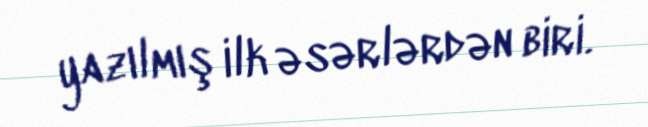
yazılmış ilk əsərlərdən biri.